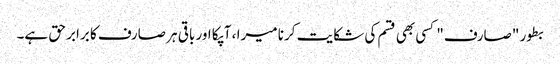
بطور "صارف" کسی بھی قسم کی شکایت کرنا میرا ، آپکا اور باقی ہر صارف کا برابر حق ہے۔